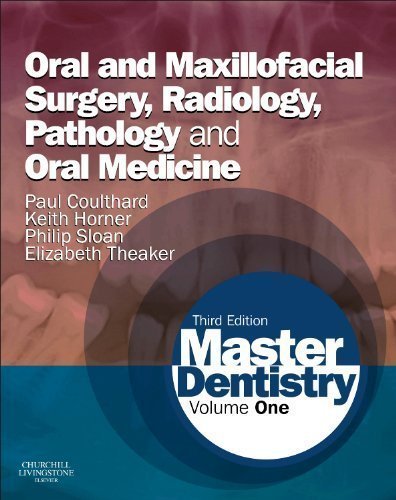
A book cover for Master Dentistry: Volume 1: Oral and Maxillofacial Surgery, Radiology, Pathology and Oral Medicine, 3e 3rd (third) Edition by Coulthard BDS MFGDP MDS FDSRCS PhD, Paul, Horner BChD M published by Churchill Livingstone (2013); Medical Books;